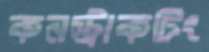
কনস্ট্রাকটিং